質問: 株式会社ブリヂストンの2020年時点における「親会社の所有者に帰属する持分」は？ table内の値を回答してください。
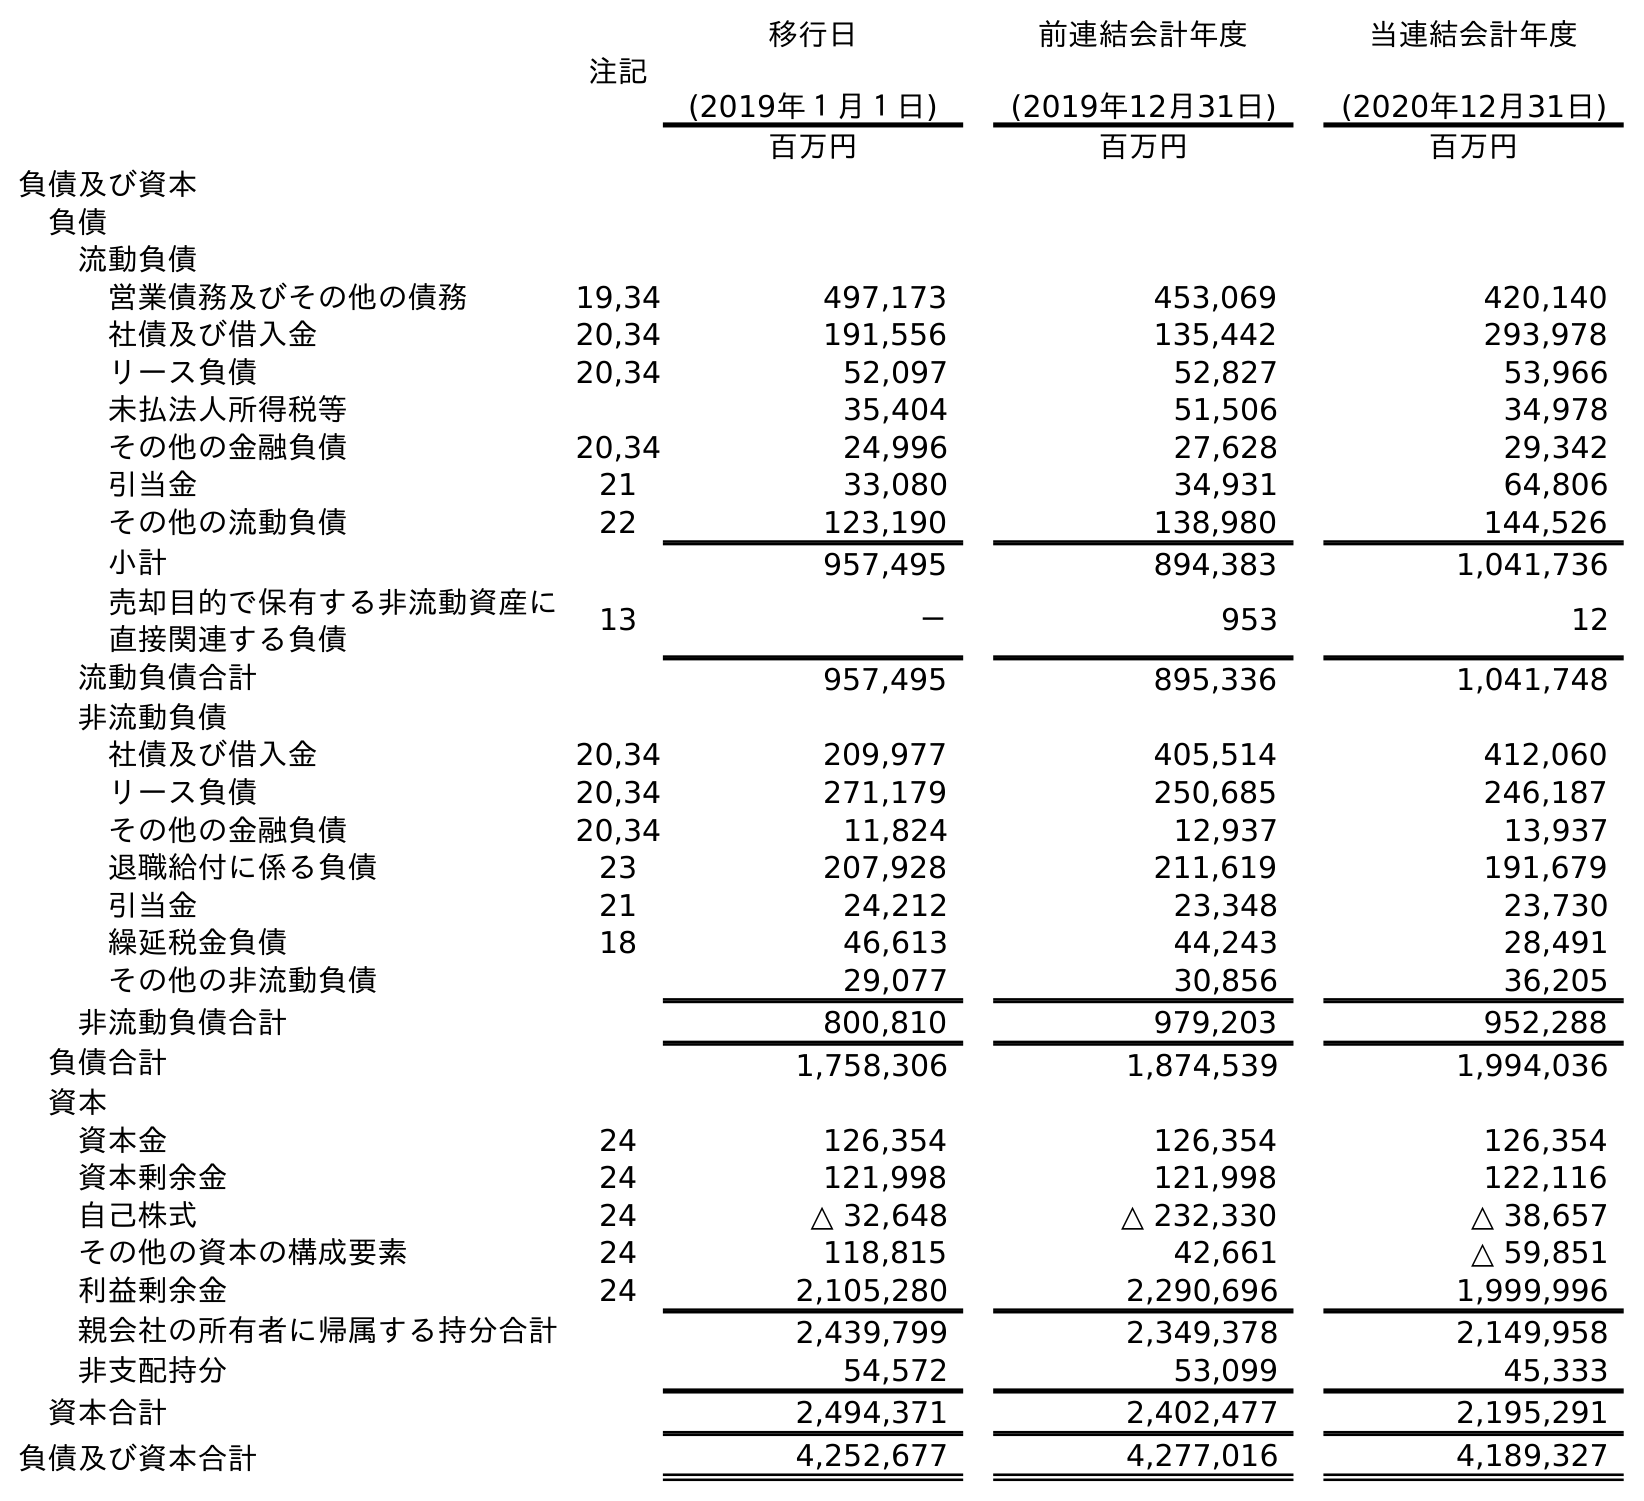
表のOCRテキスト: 注記 移行日 (2019年１月１日) 前連結会計年度 (2019年12月31日) 当連結会計年度 (2020年12月31日) 百万円 百万円 百万円 負債及び資本 負債 流動負債 営業債務及びその他の債務 19,34 497,173 453,069 420,140 社債及び借入金 20,34 191,556 135,442 293,978 リース負債 20,34 52,097 52,827 53,966 未払法人所得税等 35,404 51,506 34,978 その他の金融負債 20,34 24,996 27,628 29,342 引当金 21 33,080 34,931 64,806 その他の流動負債 22 123,190 138,980 144,526 小計 957,495 894,383 1,041,736 売却目的で保有する非流動資産に 直接関連する負債 13 － 953 12 流動負債合計 957,495 895,336 1,041,748 非流動負債 社債及び借入金 20,34 209,977 405,514 412,060 リース負債 20,34 271,179 250,685 246,187 その他の金融負債 20,34 11,824 12,937 13,937 退職給付に係る負債 23 207,928 211,619 191,679 引当金 21 24,212 23,348 23,730 繰延税金負債 18 46,613 44,243 28,491 その他の非流動負債 29,077 30,856 36,205 非流動負債合計 800,810 979,203 952,288 負債合計 1,758,306 1,874,539 1,994,036 資本 資本金 24 126,354 126,354 126,354 資本剰余金 24 121,998 121,998 122,116 自己株式 24 △ 32,648 △ 232,330 △ 38,657 その他の資本の構成要素 24 118,815 42,661 △ 59,851 利益剰余金 24 2,105,280 2,290,696 1,999,996 親会社の所有者に帰属する持分合計 2,439,799 2,349,378 2,149,958 非支配持分 54,572 53,099 45,333 資本合計 2,494,371 2,402,477 2,195,291 負債及び資本合計 4,252,677 4,277,016 4,189,327
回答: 2,149,958